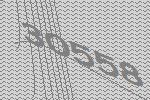
30558